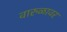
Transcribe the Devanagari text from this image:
वारुळावर